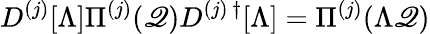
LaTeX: D^{(j)}[\Lambda]\Pi^{(j)}(\mathscr{Q})D^{(j)\, \dagger}[\Lambda]=\Pi^{(j)}(\Lambda\mathscr{Q})